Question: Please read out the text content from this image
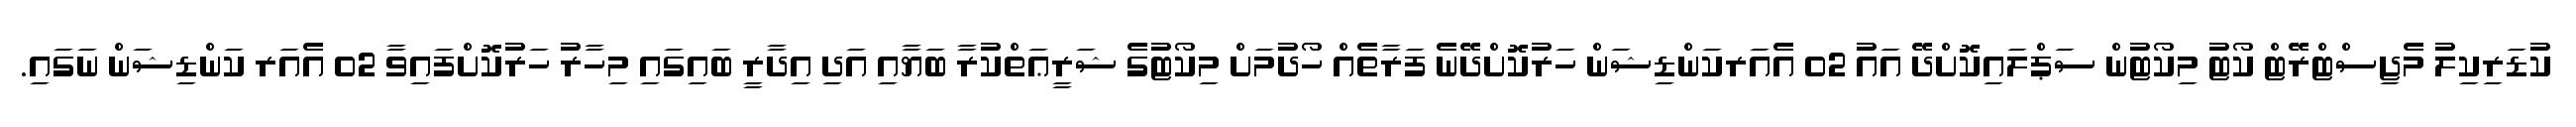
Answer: ކުޑަރިކިލު މެޖިސްޓްރޭޓް ކޯޓު މިކޯޓުން ސަޕްލައިކޮށްދޭ އައު 02 އެއަރކަންޑިޝަން ހަރުކޮށްދޭނެ ފަރާތެއް ހޯދުމަށް މިކޯޓުގެ ޝަރީޢަތްކުރާ ބަޔާއި އަދި އިދާރީ ބައިގައި މިހާރު ހަރުކޮށްފައިވާ 02 އެއަރ ކަންޑިޝަން ނަގައި.